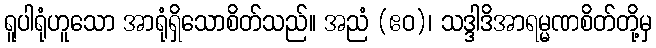
ရူပါရုံဟူသော အာရုံရှိသောစိတ်သည်။ အညံ (ဧဝ)၊ သဒ္ဒါဒိအာရမ္မဏစိတ်တို့မှ